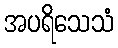
အပရိသေသံ